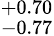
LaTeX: ^{+0.70}_{-0.77}